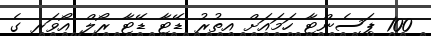
100 ޕަސެންޓާ ހަމައަށް އިތުރު ޑޭޓާ ޑޭޓާ ރޯލް އޯވަރ ގެ